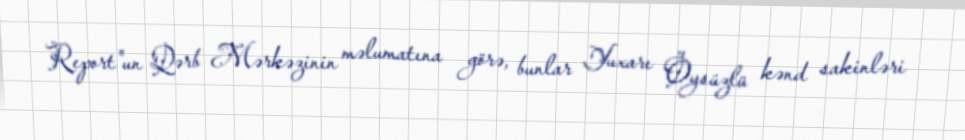
Report"un Qərb Mərkəzinin məlumatına görə, bunlar Yuxarı Öysüzlü kənd sakinləri